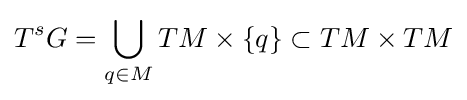
T^{s}G=\bigcup _{q\in M}TM\times \{q\}\subset TM\times TM